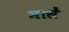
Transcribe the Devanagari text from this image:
मासें